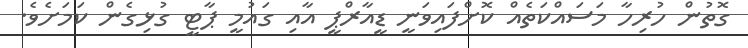
ގޮތުން ހުރިހާ މަސައްކަތެއް ކޮށްފައިވަނީ ޑީއާރްޕީ އާއި ގައުމީ ޕާޓީ ގުޅިގެން ކަމަށެވެ.